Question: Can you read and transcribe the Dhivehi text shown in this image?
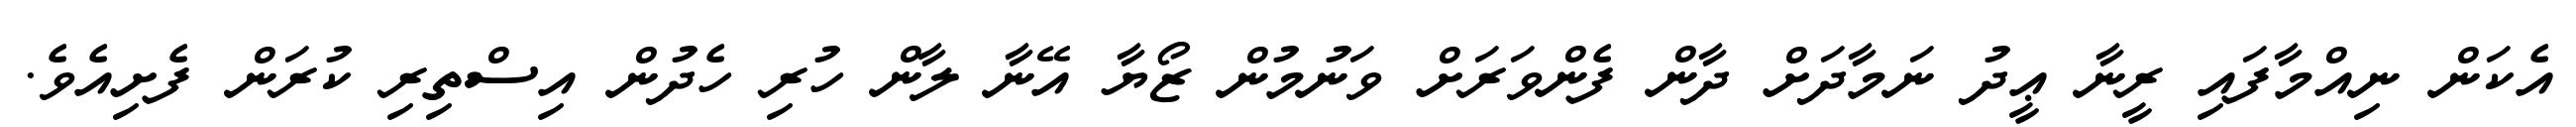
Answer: އެކަން ނިއްމާފައި ރީނާ ޢީދު ނަމާދަށް ދާން ފެންވަރަށް ވަނުމުން ޒޯޔާ އޭނާ ލާން ހުރި ހެދުން އިސްތިރި ކުރަން ފެށިއެވެ.